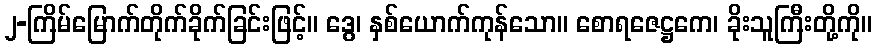
၂-ကြိမ်မြောက်တိုက်ခိုက်ခြင်းဖြင့်။ ဒွေ၊ နှစ်ယောက်ကုန်သော။ စောရဇေဋ္ဌကေ၊ ခိုးသူကြီးတို့ကို။